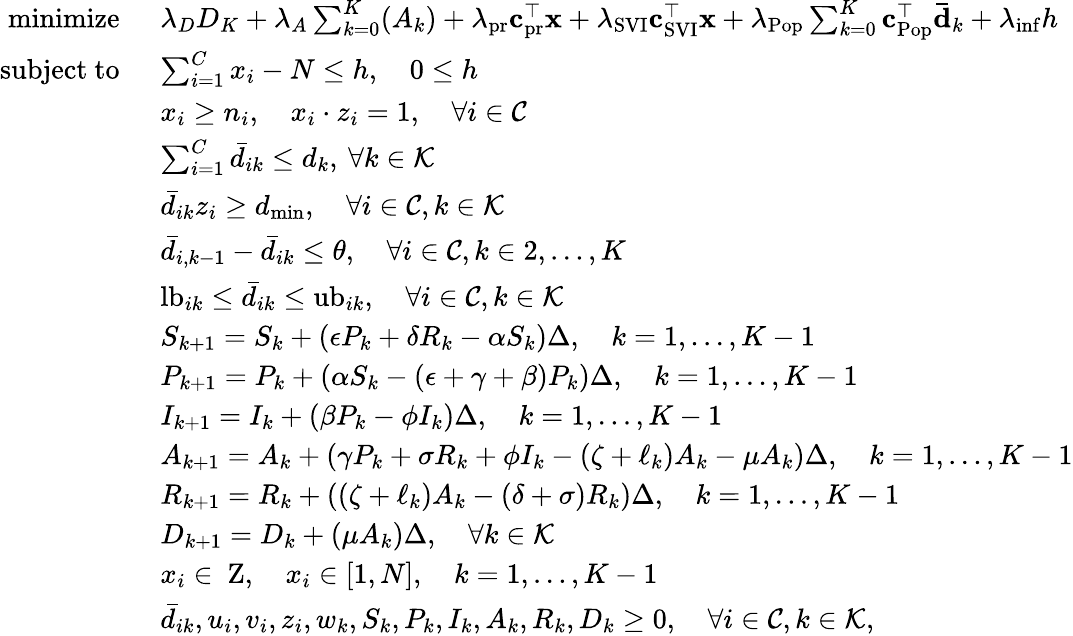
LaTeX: \begin{array}{rl}{\mathrm{minimize}\: \: }&{\lambda_{D}D_{K}+\lambda_{A}\sum_{k=0}^{K}(A_{k})+\lambda_{\mathrm{pr}}\mathbf{c}_{\mathrm{pr}}^{\top}\mathbf{x}+\lambda_{\mathrm{SVI}}\mathbf{c}_{\mathrm{SVI}}^{\top}\mathbf{x}+\lambda_{\mathrm{Pop}}\sum_{k=0}^{K}\mathbf{c}_{\mathrm{Pop}}^{\top}\mathbf{\bar{d}}_{k}+\lambda_{\mathrm{inf}}h}\\ {\mathrm{subject~to}\: \: }&{\sum_{i=1}^{C}x_{i}-N\leq h,\quad 0\le h}\\ &{x_{i}\geq n_{i},\quad x_{i}\cdot z_{i}=1,\quad\forall i\in\mathcal{C}}\\ &{\sum_{i=1}^{C}\bar{d}_{ik}\leq d_{k},\: \forall k\in\mathcal{K}}\\ &{\bar{d}_{ik}z_{i}\geq d_{\mathrm{min}},\quad\forall i\in\mathcal{C},k\in\mathcal{K}}\\ &{\bar{d}_{i,k-1}-\bar{d}_{ik}\leq\theta,\quad\forall i\in\mathcal{C},k\in 2,\dots,K}\\ &{\mathrm{lb}_{ik}\leq\bar{d}_{ik}\leq\mathrm{ub}_{ik},\quad\forall i\in\mathcal{C},k\in\mathcal{K}}\\ &{S_{k+1}=S_{k}+(\epsilon P_{k}+\delta R_{k}-\alpha S_{k})\Delta,\quad k=1,\dots,K-1}\\ &{P_{k+1}=P_{k}+(\alpha S_{k}-(\epsilon+\gamma+\beta)P_{k})\Delta,\quad k=1,\dots,K-1}\\ &{I_{k+1}=I_{k}+(\beta P_{k}-\phi I_{k})\Delta,\quad k=1,\dots,K-1}\\ &{A_{k+1}=A_{k}+(\gamma P_{k}+\sigma R_{k}+\phi I_{k}-\left(\zeta+\ell_{k}\right)A_{k}-\mu A_{k})\Delta,\quad k=1,\dots,K-1}\\ &{R_{k+1}=R_{k}+\left(\left(\zeta+\ell_{k}\right)A_{k}-(\delta+\sigma)R_{k}\right)\Delta,\quad k=1,\dots,K-1}\\ &{D_{k+1}=D_{k}+(\mu A_{k})\Delta,\quad\forall k\in\mathcal{K}}\\ &{x_{i}\in{\mathrm{\mathbf~Z}},\quad x_{i}\in[1,N],\quad k=1,\dots,K-1}\\ &{\bar{d}_{ik},u_{i},v_{i},z_{i},w_{k},S_{k},P_{k},I_{k},A_{k},R_{k},D_{k}\geq 0,\quad\forall i\in\mathcal{C},k\in\mathcal{K},}\end{array}